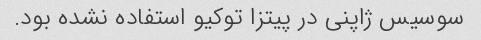
سوسیس ژاپنی در پیتزا توکیو استفاده نشده بود.